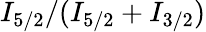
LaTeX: I_{5/2}/(I_{5/2}+I_{3/2})